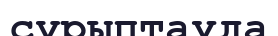
сұрыптауда